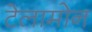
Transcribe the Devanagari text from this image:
टेलामोन